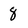
Character: 8